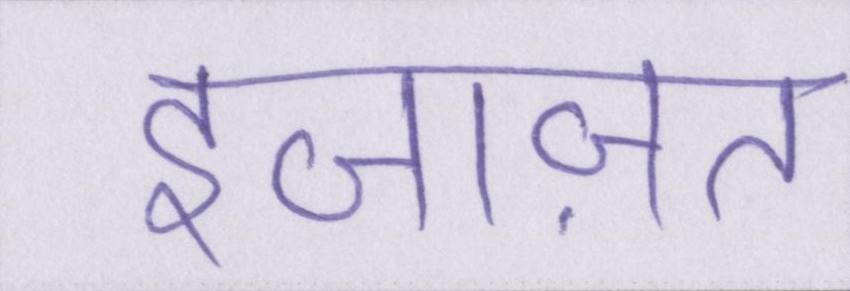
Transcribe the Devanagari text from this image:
इजाज़त